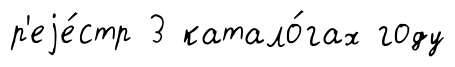
р'еjе́стр 3 катало́гах году